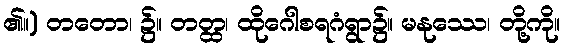
၏။) တတော၊ ၌။ တတ္ထ၊ ထိုဂေါစရဂံရွာ၌။ မနုဿေ၊ တို့ကို။